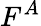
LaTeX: F^{A}